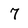
Character: 7